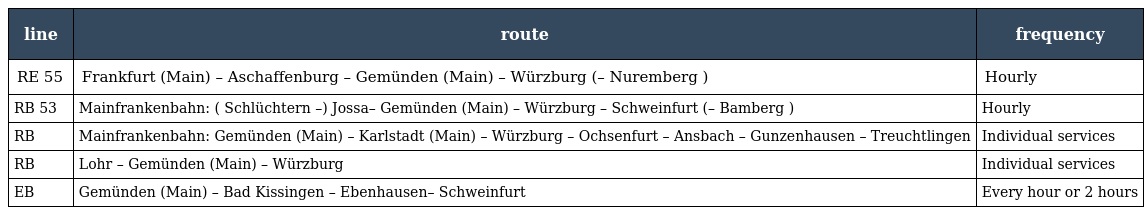
| line | route | frequency |
 | --- | --- | --- |
 | RE 55 | Frankfurt (Main) – Aschaffenburg – Gemünden (Main) – Würzburg (– Nuremberg ) | Hourly |
 | RB 53 | Mainfrankenbahn: ( Schlüchtern –) Jossa– Gemünden (Main) – Würzburg – Schweinfurt (– Bamberg ) | Hourly |
 | RB | Mainfrankenbahn: Gemünden (Main) – Karlstadt (Main) – Würzburg – Ochsenfurt – Ansbach – Gunzenhausen – Treuchtlingen | Individual services |
 | RB | Lohr – Gemünden (Main) – Würzburg | Individual services |
 | EB | Gemünden (Main) – Bad Kissingen – Ebenhausen– Schweinfurt | Every hour or 2 hours |